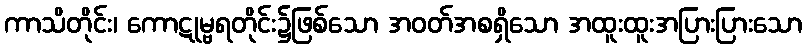
ကာသိတိုင်း၊ ကောဋုမ္ဗရတိုင်း၌ဖြစ်သော အဝတ်အစရှိသော အထူးထူးအပြားပြားသော